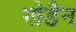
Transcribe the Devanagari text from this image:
गोडैन